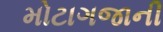
મોટાગજાની